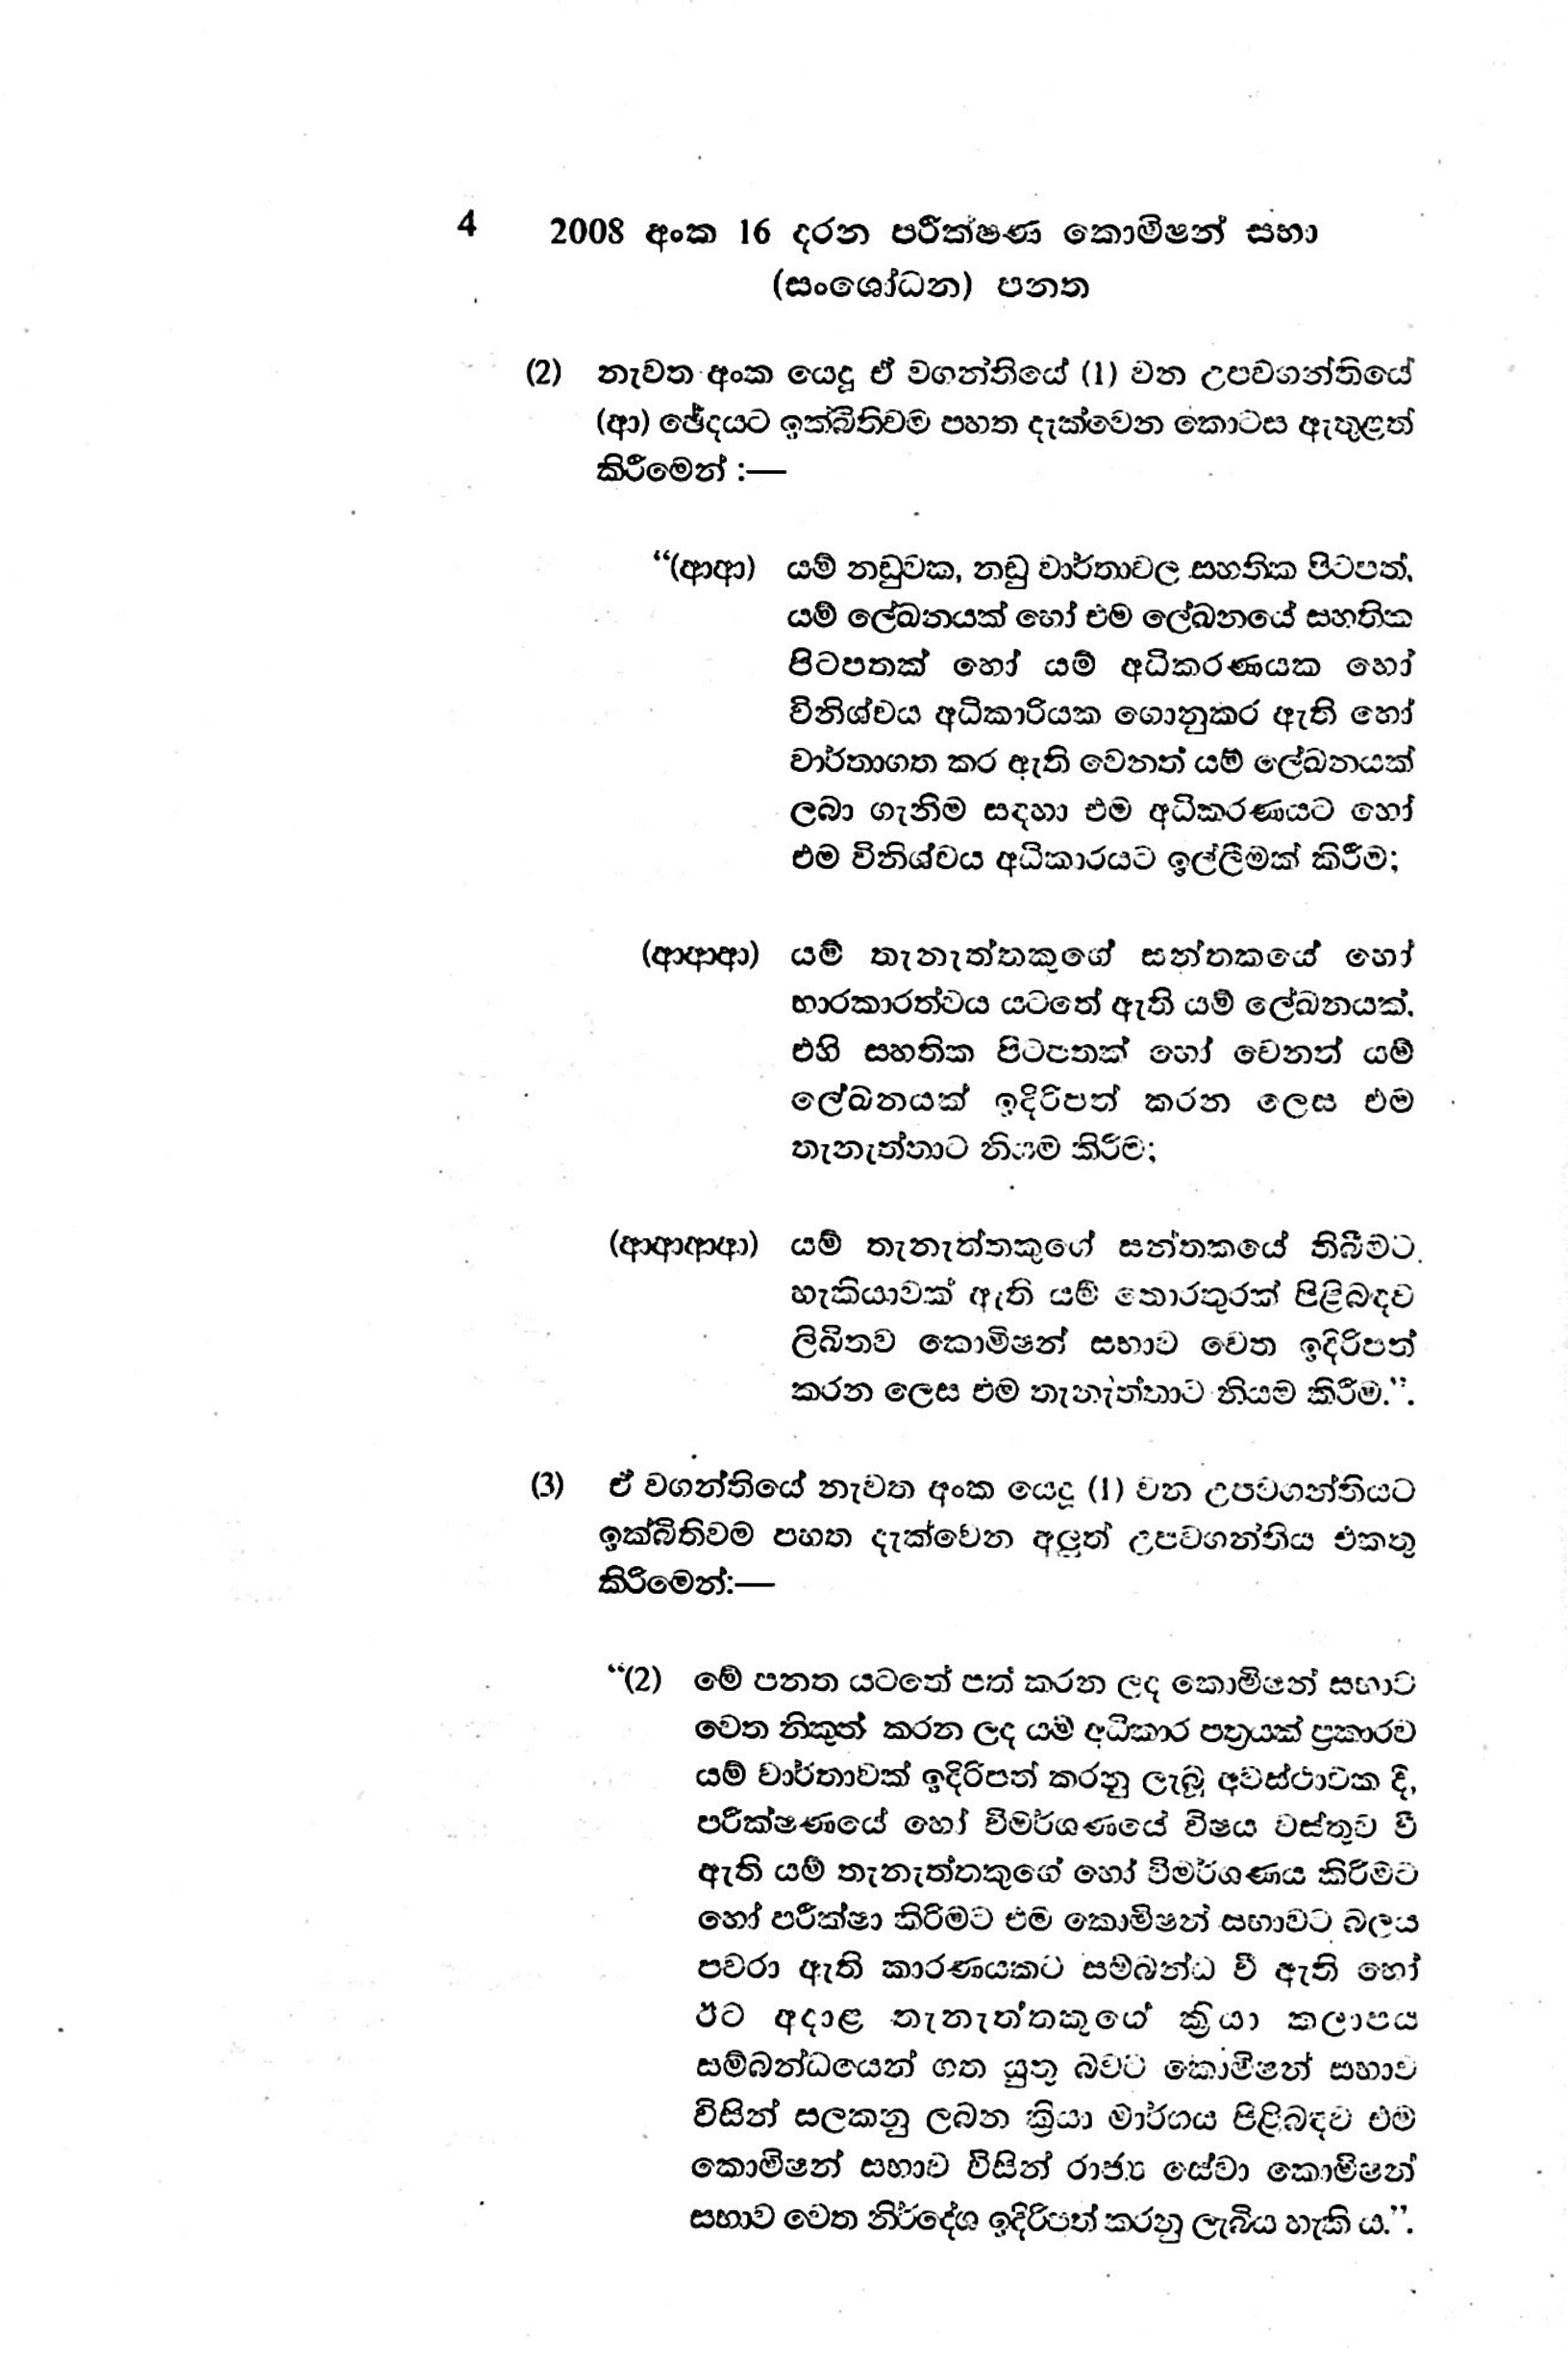
4 2008 අංක 16 දරන පරීක්ෂණ කොමිෂන් සභා
(සංශෝධන) පනත

(2) නැවත අංක යෙදූ ඒ වගන්තියේ (1) වන උපවගන්තියේ
(ආ) ඡේදයට ඉක්බිතිවම පහත දැක්වෙන කොටස ඇතුළත්
කිරීමෙන්:—

"(ආආ) යම් නඩුවක, නඩු වාර්තාවල සහතික පිටපත්
යම් ලේඛනයක් හෝ එම ලේඛනයේ සහතික
පිටපතක් හෝ යම් අධිකරණයක හෝ
විනිශ්චය අධිකාරියක ගොනුකර ඇති හෝ
වාර්තාගත කර ඇති වෙනත් යම් ලේඛනයක්
ලබා ගැනිම සඳහා එම අධිකරණයට හෝ
එම විනිශ්චය අධිකාරයට ඉල්ලීමක් කිරීම;

(ආආආ) යම් තැනැත්තකුගේ සන්තකයේ හෝ
භාරකාරත්වය යටතේ ඇති යම් ලේඛනයක්
එහි සහතික පිටපතක් හෝ වෙනත් යම්
ලේඛනයක් ඉදිරිපත් කරන ලෙස එම
තැනැත්තාට නියම කිරීම;

(ආආආආ) යම් තැනැත්තකුගේ සන්තකයේ තිබීමට.
හැකියාවක් ඇති යම් තොරතුරක් පිළිබඳව
ලිඛිතව කොමිෂන් සභාව වෙත ඉදිරිපත්
කරන ලෙස එම තැනැත්තාට නියම කිරීම.".

(3) ඒ වගන්තියේ නැවත අංක යෙදූ (1) වන උපවගන්තියට
ඉක්බිතිවම පහත දැක්වෙන අලුත් උපවගන්තිය එකතු
කිරීමෙන්:—

‘“(2) මේ පනත යටතේ පත් කරන ලද කොමිෂන් සභාව
වෙත නිකුත් කරන ලද යම් අධිකාර පත්‍රයක් ප්‍රකාරව
යම් වාර්තාවක් ඉදිරිපත් කරනු ලැබූ අවස්ථාවක දී,
පරීක්ෂණයේ හෝ විමර්ශණයේ විෂය වස්තුව වී
ඇති යම් තැනැත්තකුගේ හෝ විමර්ශණය කිරීමට
හෝ පරීක්ෂා කිරීමට එම කොමිෂන් සභාවට බලය
පවරා ඇති කාරණයකට සම්බන්ධ වී ඇති හෝ
ඊට අදාළ තැනැත්තකුගේ ක්‍රියා කලාපය
සම්බන්ධයෙන් ගත යුතු බවට කොමිෂන් සභාව
විසින් සලකනු ලබන ක්‍රියා මාර්ගය පිළිබඳව එම
කොමිෂන් සභාව විසින් රාජ්‍ය සේවා කොමිෂන්
සභාව වෙත නිර්දේශ ඉදිරිපත් කරනු ලැබිය හැකිය.".